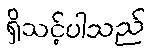
ရှိသင့်ပါသည်